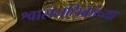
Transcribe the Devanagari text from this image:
श्वासनलिकांच्या